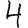
Digit: 4